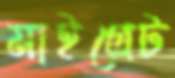
মাইগ্রেট